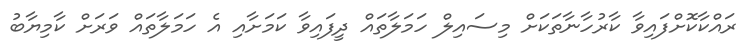
ރައްކާކޮށްފައިވާ ކާރުހާނާތަކަށް މިސައިލް ހަމަލާތައް ދީފައިވާ ކަމަށާއި އެ ހަމަލާތައް ވަރަށް ކާމިޔާބު